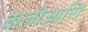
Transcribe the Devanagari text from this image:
केलीआणि